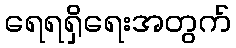
ရေရရှိရေးအတွက်